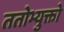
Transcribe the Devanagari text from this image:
ततोभ्युक्तो